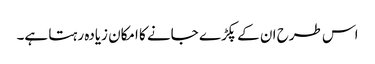
اس طرح ان کے پکڑے جانے کا امکان زیادہ رہتا ہے۔